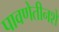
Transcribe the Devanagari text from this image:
पावणेतीनशे